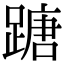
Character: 𨃠